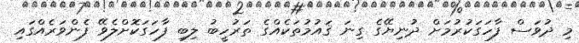
މި ދުވަސް ފާހަގަކުރުމަށް ދުނިޔޭގެ ގިނަ ޤައުމުތަކެއްގެ ތަރުހީބު ލިބި ފާހަގަކޮށްލެވޭ ފެންވަރެއްގައި